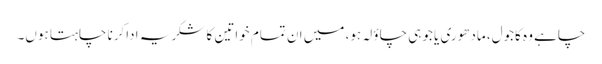
چاہے وہ کاجول، مادھوری یا جوہی چاؤلہ ہو، میں ان تمام خواتین کا شکریہ اداکرنا چاہتا ہوں۔